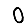
Digit: 0